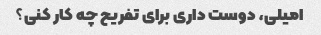
امیلی، دوست داری برای تفریح ​​چه کار کنی؟